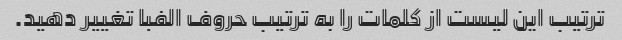
ترتیب این لیست از کلمات را به ترتیب حروف الفبا تغییر دهید.